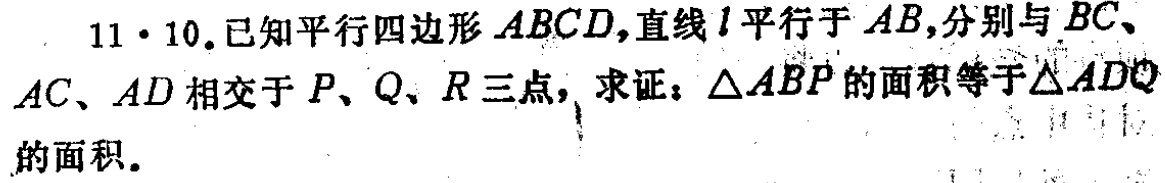
11·10.已知平行四边形\(ABCD\)，直线\(l\)平行于\(AB\)，分别与\(BC\)、\(AC\)、\(AD\)相交于\(P\)、\(Q\)、\(R\)三点，求证：\(\triangle ABP\)的面积等于\(\triangle ADQ\)的面积。